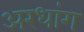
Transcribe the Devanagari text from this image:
अरधांग